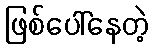
ဖြစ်ပေါ်နေတဲ့